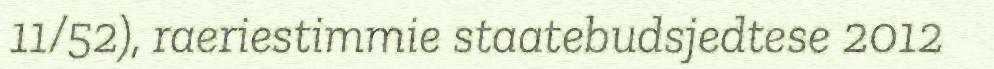
11/52), raeriestimmie staatebudsjedtese 2012